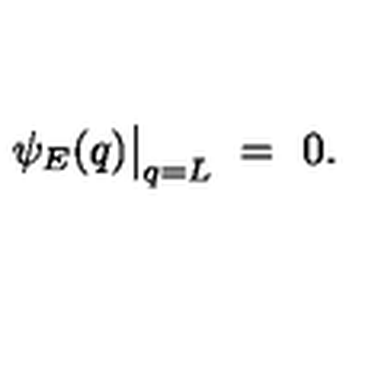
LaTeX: \psi _ { E } ( q ) \bigr | _ { q = L } \ = \ 0 .